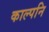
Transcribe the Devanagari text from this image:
काल्पनि